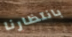
بانتظارنا